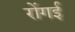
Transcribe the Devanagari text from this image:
रोंगई